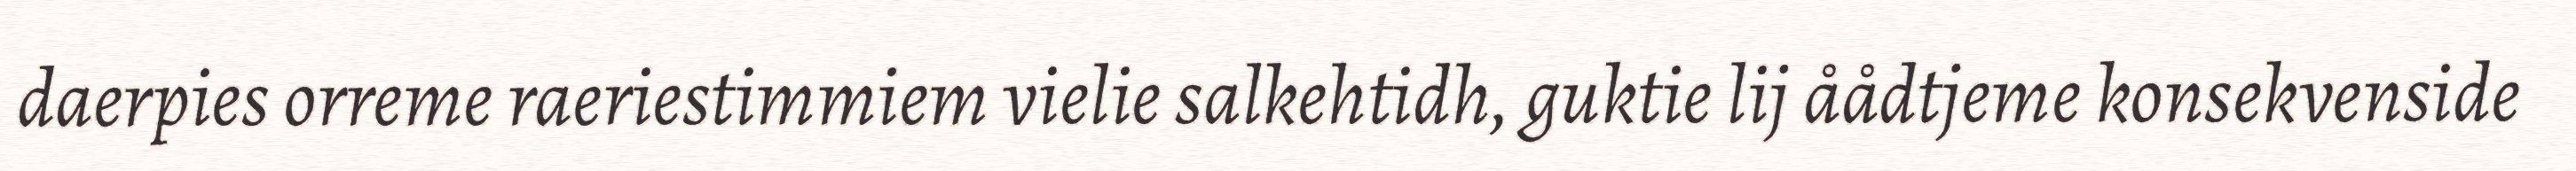
daerpies orreme raeriestimmiem vielie salkehtidh, guktie lij åådtjeme konsekvenside